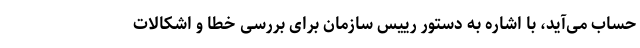
حساب می‌آید، با اشاره به دستور رییس سازمان برای بررسی خطا و اشکالات